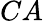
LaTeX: CA